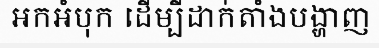
អកអំបុក ដើម្បីដាក់តាំងបង្ហាញ